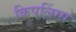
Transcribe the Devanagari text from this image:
किपलिंग्स